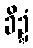
ခိဍ္ဍံ